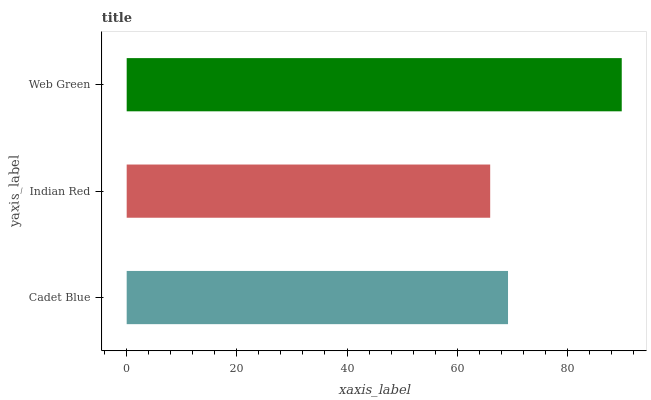
| yaxis_label | bars |
 | --- | --- |
 | Cadet Blue | 69.2 |
 | Indian Red | 66 |
 | Web Green | 89.9 |